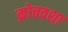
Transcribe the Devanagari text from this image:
क्रोचवशा